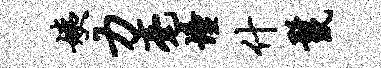
姨力毫憧什鬣